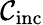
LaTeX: \mathcal{C}_{\mathrm{inc}}